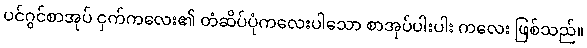
ပင်ဂွင်စာအုပ် ငှက်ကလေး၏ တံဆိပ်ပုံကလေးပါသော စာအုပ်ပါးပါး ကလေး ဖြစ်သည်။